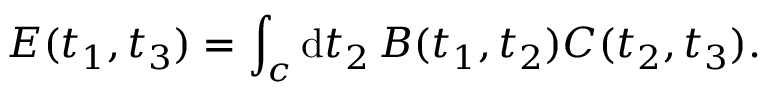
E ( t _ { 1 } , t _ { 3 } ) = \int _ { c } \mathrm { d } t _ { 2 } \, B ( t _ { 1 } , t _ { 2 } ) C ( t _ { 2 } , t _ { 3 } ) .